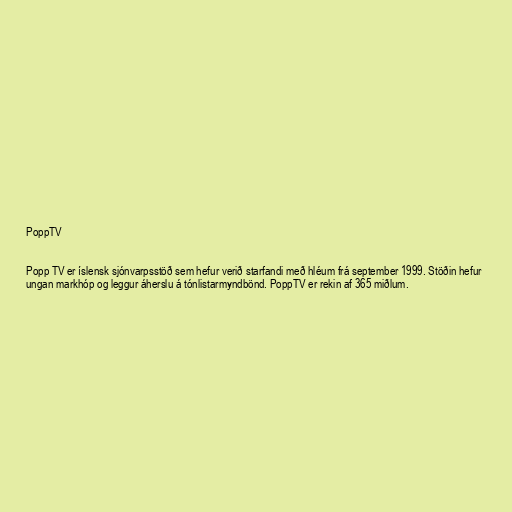
PoppTV

Popp TV er íslensk sjónvarpsstöð sem hefur verið starfandi með hléum frá september 1999. Stöðin hefur
ungan markhóp og leggur áherslu á tónlistarmyndbönd. PoppTV er rekin af 365 miðlum.